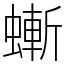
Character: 螹